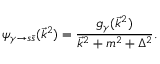
\psi _ { \gamma \to s \bar { s } } ( \vec { k } ^ { 2 } ) = \frac { g _ { \gamma } ( \vec { k } ^ { 2 } ) } { \vec { k } ^ { 2 } + m ^ { 2 } + \Delta ^ { 2 } } .